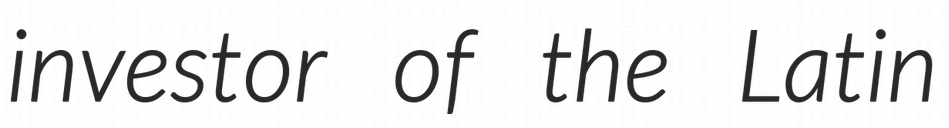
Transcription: investor of the Latin